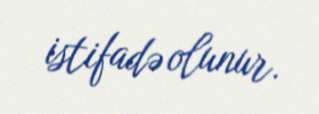
istifadə olunur.